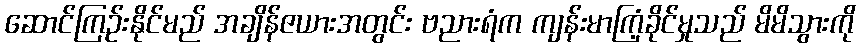
ဆောင်ကြဉ်းနိုင်မည် အချိန်ဇယားအတွင်း ဗညားရံက ကျန်းမာကြံ့ခိုင်မှုသည် မိမိသွားကို